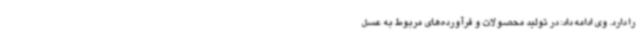
را دارد. وی ادامه داد: در تولید محصولات و فرآورده‌های مربوط به عسل